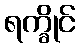
ရက္ခိုင်